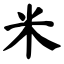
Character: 米